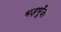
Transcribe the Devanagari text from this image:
भड़भूँजा